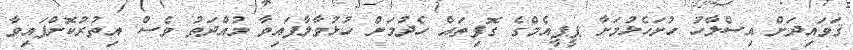
ޤަވައިދަށް އިސްލާހު ހުށަހެޅުމަށާ ޕީޕީއެމްގެ ގޮފިތައް ހެދުމަށް ހުޅުވާލާފައިވާ މުއްދަތު ވެސް އިތުރުކޮށްފައިވާ